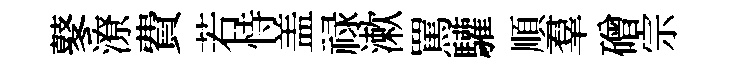
鼕潦費若恃盖禄漱罵驩順羣磳宗